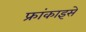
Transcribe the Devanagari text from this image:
फ्रांकाइसे